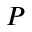
P